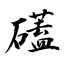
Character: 礚